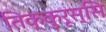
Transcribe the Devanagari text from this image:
तिक्कुरूस्सि